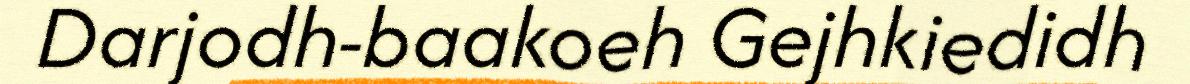
Darjodh-baakoeh Gejhkiedidh